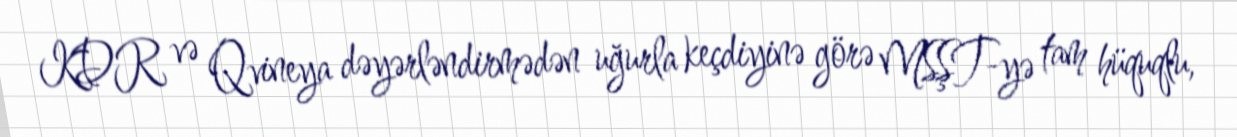
KDR və Qvineya dəyərləndirmədən uğurla keçdiyinə görə MSŞT-yə tam hüquqlu,